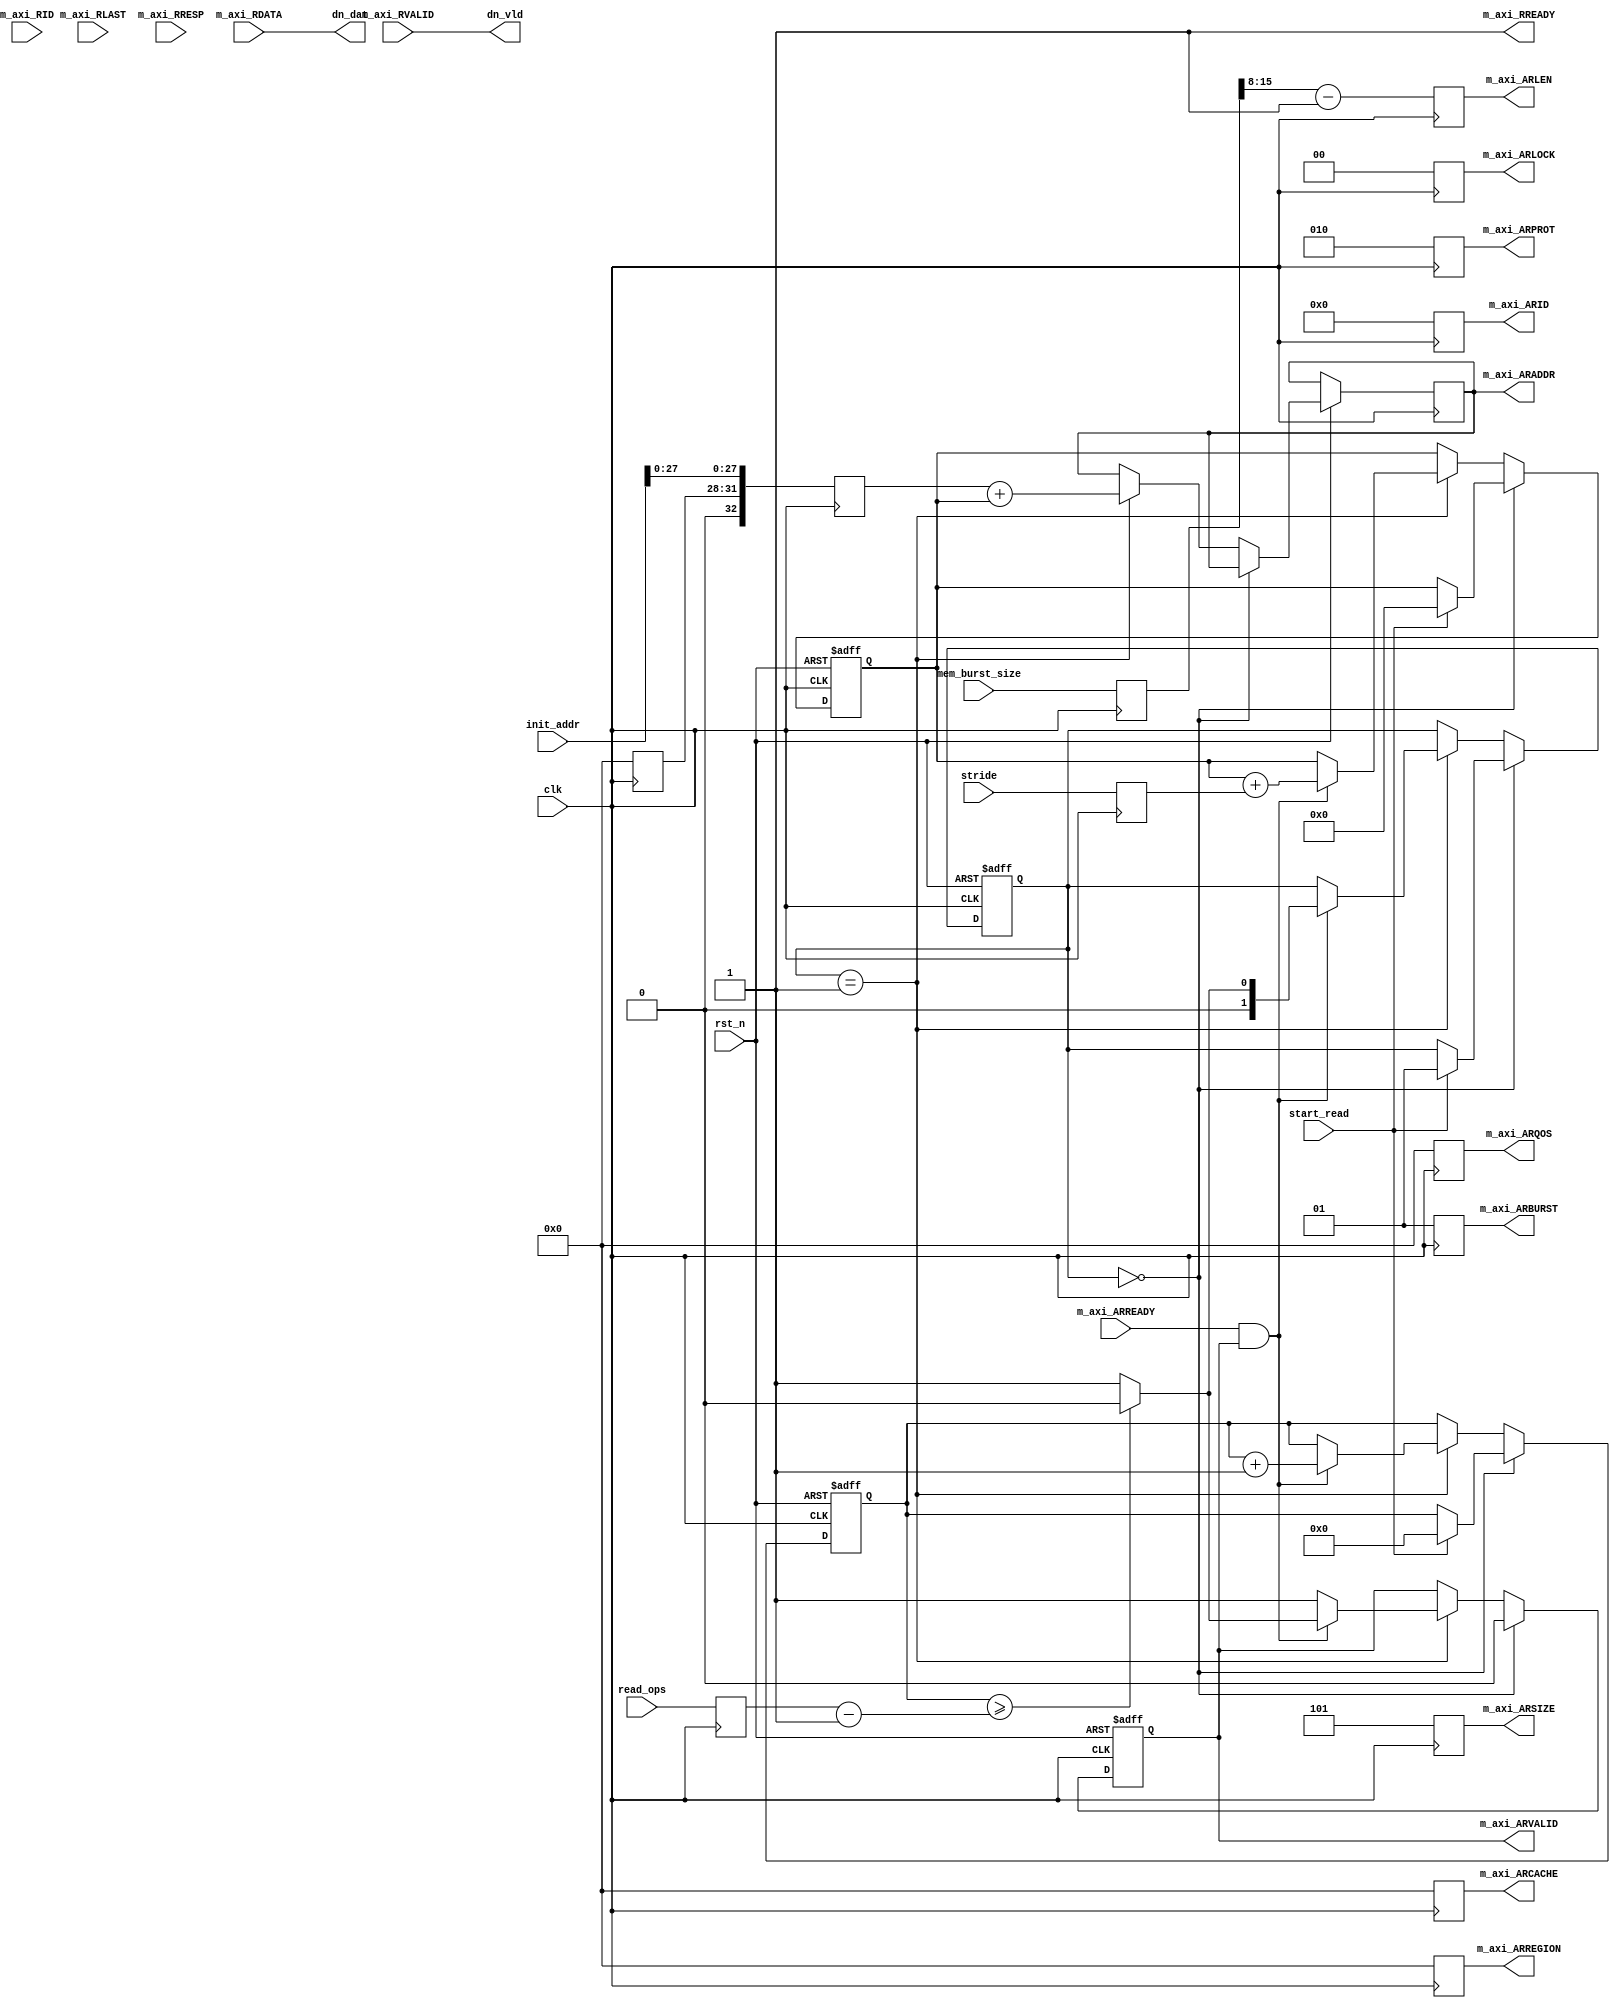
//////////////////////////////////////////////////////////////////////////////////
// Company: 
// Engineer: 
// 
// Design Name: 
// Module Name: bu_write_addr_generator
// Project Name: 
// Target Devices: 
// Tool Versions: 
// Description: 
// 
// Dependencies: 
// 
// Revision:
// Revision 0.01 - File Created
// Additional Comments:
// 
//////////////////////////////////////////////////////////////////////////////////


module hbm_auto_read
# (
    parameter ENGINE_ID       = 0  ,
    parameter ADDR_WIDTH      = 33 ,
    parameter DATA_WIDTH      = 256,  
    parameter ID_WIDTH        = 5  
)
(
    input  wire                   clk,    
    input  wire                   rst_n, 

    input  wire                   start_read,
    input  wire  [32-1:0]         read_ops,
    input  wire  [32-1:0]         stride,
    input  wire  [ADDR_WIDTH-1:0] init_addr,
    input  wire  [16-1:0]           mem_burst_size,

    /////////////////////////Read Address///////////////////////// 
    output wire                       m_axi_ARVALID , //rd address valid
    output reg [ADDR_WIDTH - 1:0] m_axi_ARADDR  , //rd byte address
    output reg   [ID_WIDTH - 1:0] m_axi_ARID    , //rd address id
    output reg              [7:0] m_axi_ARLEN   , //rd burst=awlen+1,
    output reg              [2:0] m_axi_ARSIZE  , //rd 3'b101, 32B
    output reg              [1:0] m_axi_ARBURST , //rd burst type: 01 (INC), 00 (FIXED)
    output reg              [1:0] m_axi_ARLOCK  , //rd no
    output reg              [3:0] m_axi_ARCACHE , //rd no
    output reg              [2:0] m_axi_ARPROT  , //rd no
    output reg              [3:0] m_axi_ARQOS   , //rd no
    output reg              [3:0] m_axi_ARREGION, //rd no
    input  wire                       m_axi_ARREADY , //rd ready to accept address.

    /////////////////////////  Read Data  /////////////////////////
    input  wire                    m_axi_RVALID, //rd data valid
    input  wire [DATA_WIDTH - 1:0] m_axi_RDATA , //rd data 
    input  wire                    m_axi_RLAST , //rd data last
    input  wire   [ID_WIDTH - 1:0] m_axi_RID   , //rd data id
    input  wire              [1:0] m_axi_RRESP , //rd data status. 
    output wire                    m_axi_RREADY,

    /////////////////////////  Dn Data  ///////////////////////
    output wire                     dn_vld, 
    output wire  [DATA_WIDTH - 1:0] dn_dat 
);

reg    [32-1:0]         read_ops_r;
reg    [32-1:0]         stride_r;
reg    [32-1:0]         read_ops_counter;
reg    [ADDR_WIDTH-1:0] offset_addr;
reg    [15:0] mem_burst_size_r ;
reg           ARVALID_r;
reg     [4-1:0]  AXI_SEL_ADDR;
reg  [ADDR_WIDTH-1:0] init_addr_r;
always @(posedge clk) 
begin
    mem_burst_size_r <= mem_burst_size;
    m_axi_ARID     <= {ID_WIDTH{1'b0}};
    m_axi_ARLEN    <= (mem_burst_size_r>>($clog2(DATA_WIDTH)))-8'b1;
    m_axi_ARSIZE   <= (DATA_WIDTH==256)? 3'b101:3'b110; //just for 256-bit or 512-bit.
    m_axi_ARBURST  <= 2'b01;   // INC, not FIXED (00)
    m_axi_ARLOCK   <= 2'b00;   // Normal memory operation
    m_axi_ARCACHE  <= 4'b0000; // 4'b0011: Normal, non-cacheable, modifiable, bufferable (Xilinx recommends)
    m_axi_ARPROT   <= 3'b010;  // 3'b000: Normal, secure, data
    m_axi_ARQOS    <= 4'b0000; // Not participating in any Qos schem, a higher value indicates a higher priority transaction
    m_axi_ARREGION <= 4'b0000; // Region indicator, default to 0
    AXI_SEL_ADDR   <= ENGINE_ID;
    read_ops_r     <= read_ops;
    stride_r       <= stride;
    init_addr_r    <= {1'b0, AXI_SEL_ADDR, init_addr[27:0]};
end

assign m_axi_RREADY = 1'b1;
assign  m_axi_ARVALID = ARVALID_r;
// =========================================================================== //
// FSM for Control
// =========================================================================== //

localparam idle_mode = 2'b00;
localparam read_mode = 2'b01;

reg [2-1:0]                    state;

always @(posedge clk or negedge rst_n)
if(!rst_n) begin
    state <= idle_mode;
    read_ops_counter <= 0;
    offset_addr <= {ADDR_WIDTH{1'b0}};
    ARVALID_r <= 1'b0;
end
else begin
    if (state == idle_mode) begin // positive
        ARVALID_r <= 1'b0;
        if (start_read) begin
            read_ops_counter <= 0;
            offset_addr <= {ADDR_WIDTH{1'b0}};
            state <= read_mode;
        end
    end
    else if (state == read_mode) begin
        ARVALID_r <= 1'b1;
        m_axi_ARADDR <= init_addr_r + offset_addr;
        if (m_axi_ARREADY & m_axi_ARVALID)
        begin
            offset_addr <= offset_addr + stride_r; 
            read_ops_counter <= read_ops_counter + 1'b1;
            if (read_ops_counter >= (read_ops_r-1))begin
                state <= idle_mode; 
                ARVALID_r  <= 1'b0;
            end
            else
                state <= read_mode; 
        end
    end
end

assign dn_vld = m_axi_RVALID;
assign dn_dat = m_axi_RDATA;

endmodule